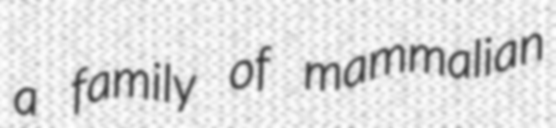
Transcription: a family of mammalian